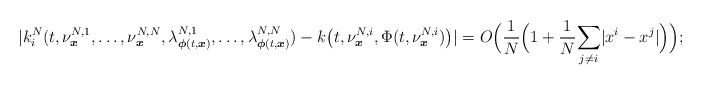
\begin{align*}|k_i^N(t,\nu^{N,1}_{\boldsymbol{x}},\ldots,\nu^{N,N}_{\boldsymbol{x}},\lambda^{N,1}_{\boldsymbol{\phi}(t,\boldsymbol{x})},\ldots,\lambda^{N,N}_{\boldsymbol{\phi}(t,\boldsymbol{x})})-k\big(t,\nu^{N,i}_{\boldsymbol{x}},\Phi(t,\nu^{N,i}_{\boldsymbol{x}})\big)|=O\Big( \frac{1}{N}\Big(1+\frac{1}{N}\underset{j\neq i}\sum|x^i-x^j|\Big) \Big);\end{align*}